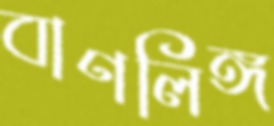
বাণলিঙ্গ